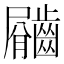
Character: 𪙇